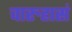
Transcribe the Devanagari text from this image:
चारुहासं